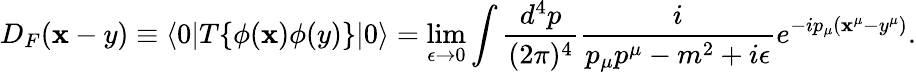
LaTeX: D_{F}(\mathbf{x}-y)\equiv\langle0|T\{ \phi(\mathbf{x})\phi(y)\} |0\rangle=\operatorname*{lim}_{\epsilon\to0}\int{\frac{{d^{4}p}}{{(2\pi)^{4}}}}{\frac{{i}}{{p_{\mu}p^{\mu}-m^{2}+i\epsilon}}}e^{-ip_{\mu}(\mathbf{x}^{\mu}-y^{\mu})}.